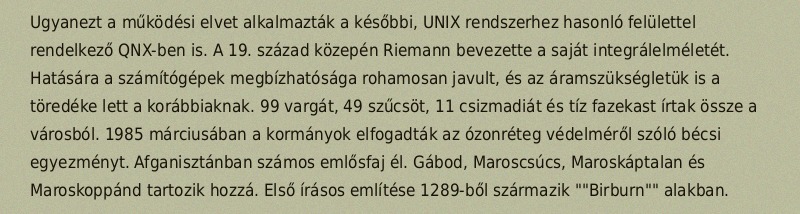
Ugyanezt a működési elvet alkalmazták a későbbi, UNIX rendszerhez hasonló felülettel rendelkező QNX-ben is. A 19. század közepén Riemann bevezette a saját integrálelméletét. Hatására a számítógépek megbízhatósága rohamosan javult, és az áramszükségletük is a töredéke lett a korábbiaknak. 99 vargát, 49 szűcsöt, 11 csizmadiát és tíz fazekast írtak össze a városból. 1985 márciusában a kormányok elfogadták az ózonréteg védelméről szóló bécsi egyezményt. Afganisztánban számos emlősfaj él. Gábod, Maroscsúcs, Maroskáptalan és Maroskoppánd tartozik hozzá. Első írásos említése 1289-ből származik ""Birburn"" alakban.